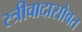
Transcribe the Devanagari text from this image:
स्त्रीवादासोबत